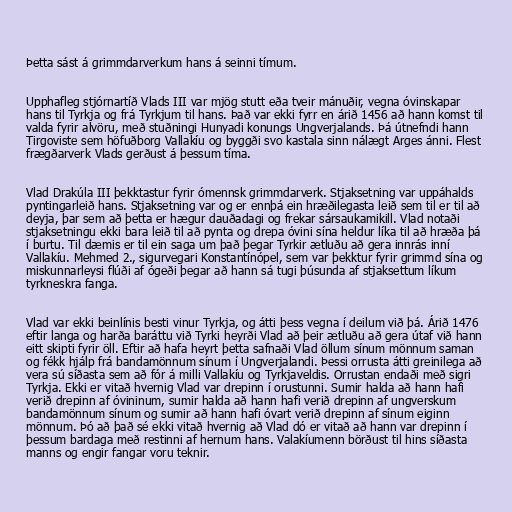
Þetta sást á grimmdarverkum hans á seinni tímum.

Upphafleg stjórnartíð Vlads III var mjög stutt eða tveir mánuðir, vegna óvinskapar
hans til Tyrkja og frá Tyrkjum til hans. Það var ekki fyrr en árið 1456 að hann komst til
valda fyrir alvöru, með stuðningi Hunyadi konungs Ungverjalands. Þá útnefndi hann
Tirgoviste sem höfuðborg Vallakíu og byggði svo kastala sinn nálægt Arges ánni. Flest
frægðarverk Vlads gerðust á þessum tíma.

Vlad Drakúla III þekktastur fyrir ómennsk grimmdarverk. Stjaksetning var uppáhalds
pyntingarleið hans. Stjaksetning var og er ennþá ein hræðilegasta leið sem til er til að
deyja, þar sem að þetta er hægur dauðadagi og frekar sársaukamikill. Vlad notaði
stjaksetningu ekki bara leið til að pynta og drepa óvini sína heldur líka til að hræða þá
í burtu. Til dæmis er til ein saga um það þegar Tyrkir ætluðu að gera innrás inní
Vallakíu. Mehmed 2., sigurvegari Konstantínópel, sem var þekktur fyrir grimmd sína og
miskunnarleysi flúði af ógeði þegar að hann sá tugi þúsunda af stjaksettum líkum
tyrkneskra fanga.

Vlad var ekki beinlínis besti vinur Tyrkja, og átti þess vegna í deilum við þá. Árið 1476
eftir langa og harða baráttu við Tyrki heyrði Vlad að þeir ætluðu að gera útaf við hann
eitt skipti fyrir öll. Eftir að hafa heyrt þetta safnaði Vlad öllum sínum mönnum saman
og fékk hjálp frá bandamönnum sínum í Ungverjalandi. Þessi orrusta átti greinilega að
vera sú síðasta sem að fór á milli Vallakíu og Tyrkjaveldis. Orrustan endaði með sigri
Tyrkja. Ekki er vitað hvernig Vlad var drepinn í orustunni. Sumir halda að hann hafi
verið drepinn af óvininum, sumir halda að hann hafi verið drepinn af ungverskum
bandamönnum sínum og sumir að hann hafi óvart verið drepinn af sínum eiginn
mönnum. Þó að það sé ekki vitað hvernig að Vlad dó er vitað að hann var drepinn í
þessum bardaga með restinni af hernum hans. Valakíumenn börðust til hins síðasta
manns og engir fangar voru teknir.